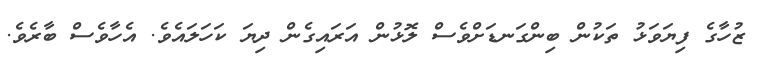
ޒުހާގެ ފިޔަވަޅު ތަކުން ބިންގަނޑަށްވެސް ލޮޅުން އަރައިގެން ދިޔަ ކަހަލައެވެ. އެހާވެސް ބާރެވެ.